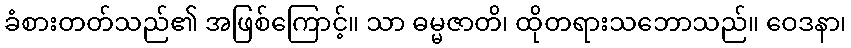
ခံစားတတ်သည်၏ အဖြစ်ကြောင့်။ သာ ဓမ္မဇာတိ၊ ထိုတရားသဘောသည်။ ဝေဒနာ၊